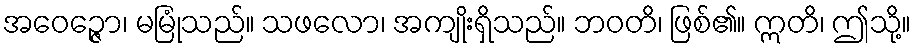
အဝေဉ္ဇော၊ မမြုံသည်။ သဖလော၊ အကျိုးရှိသည်။ ဘဝတိ၊ ဖြစ်၏။ ဣတိ၊ ဤသို့။